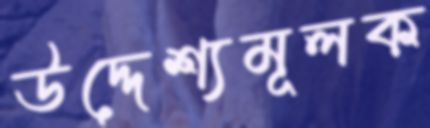
উদ্দেশ্যমূলক